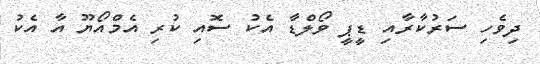
ދިވެހި ސަރުކާރާއި ޑީޕީ ވޯލްޑާ އެކު ސޮއި ކުރި އެމްއޯޔޫ އާ އެކު